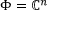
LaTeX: \Phi = \mathbb { C } ^ { n }